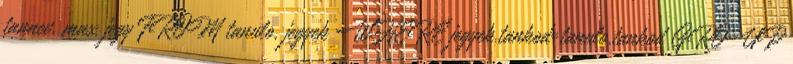
tannev, max jegy FROM tanulo, jegyek WHERE jegyek.tankod=tanulo.tankod GROUP